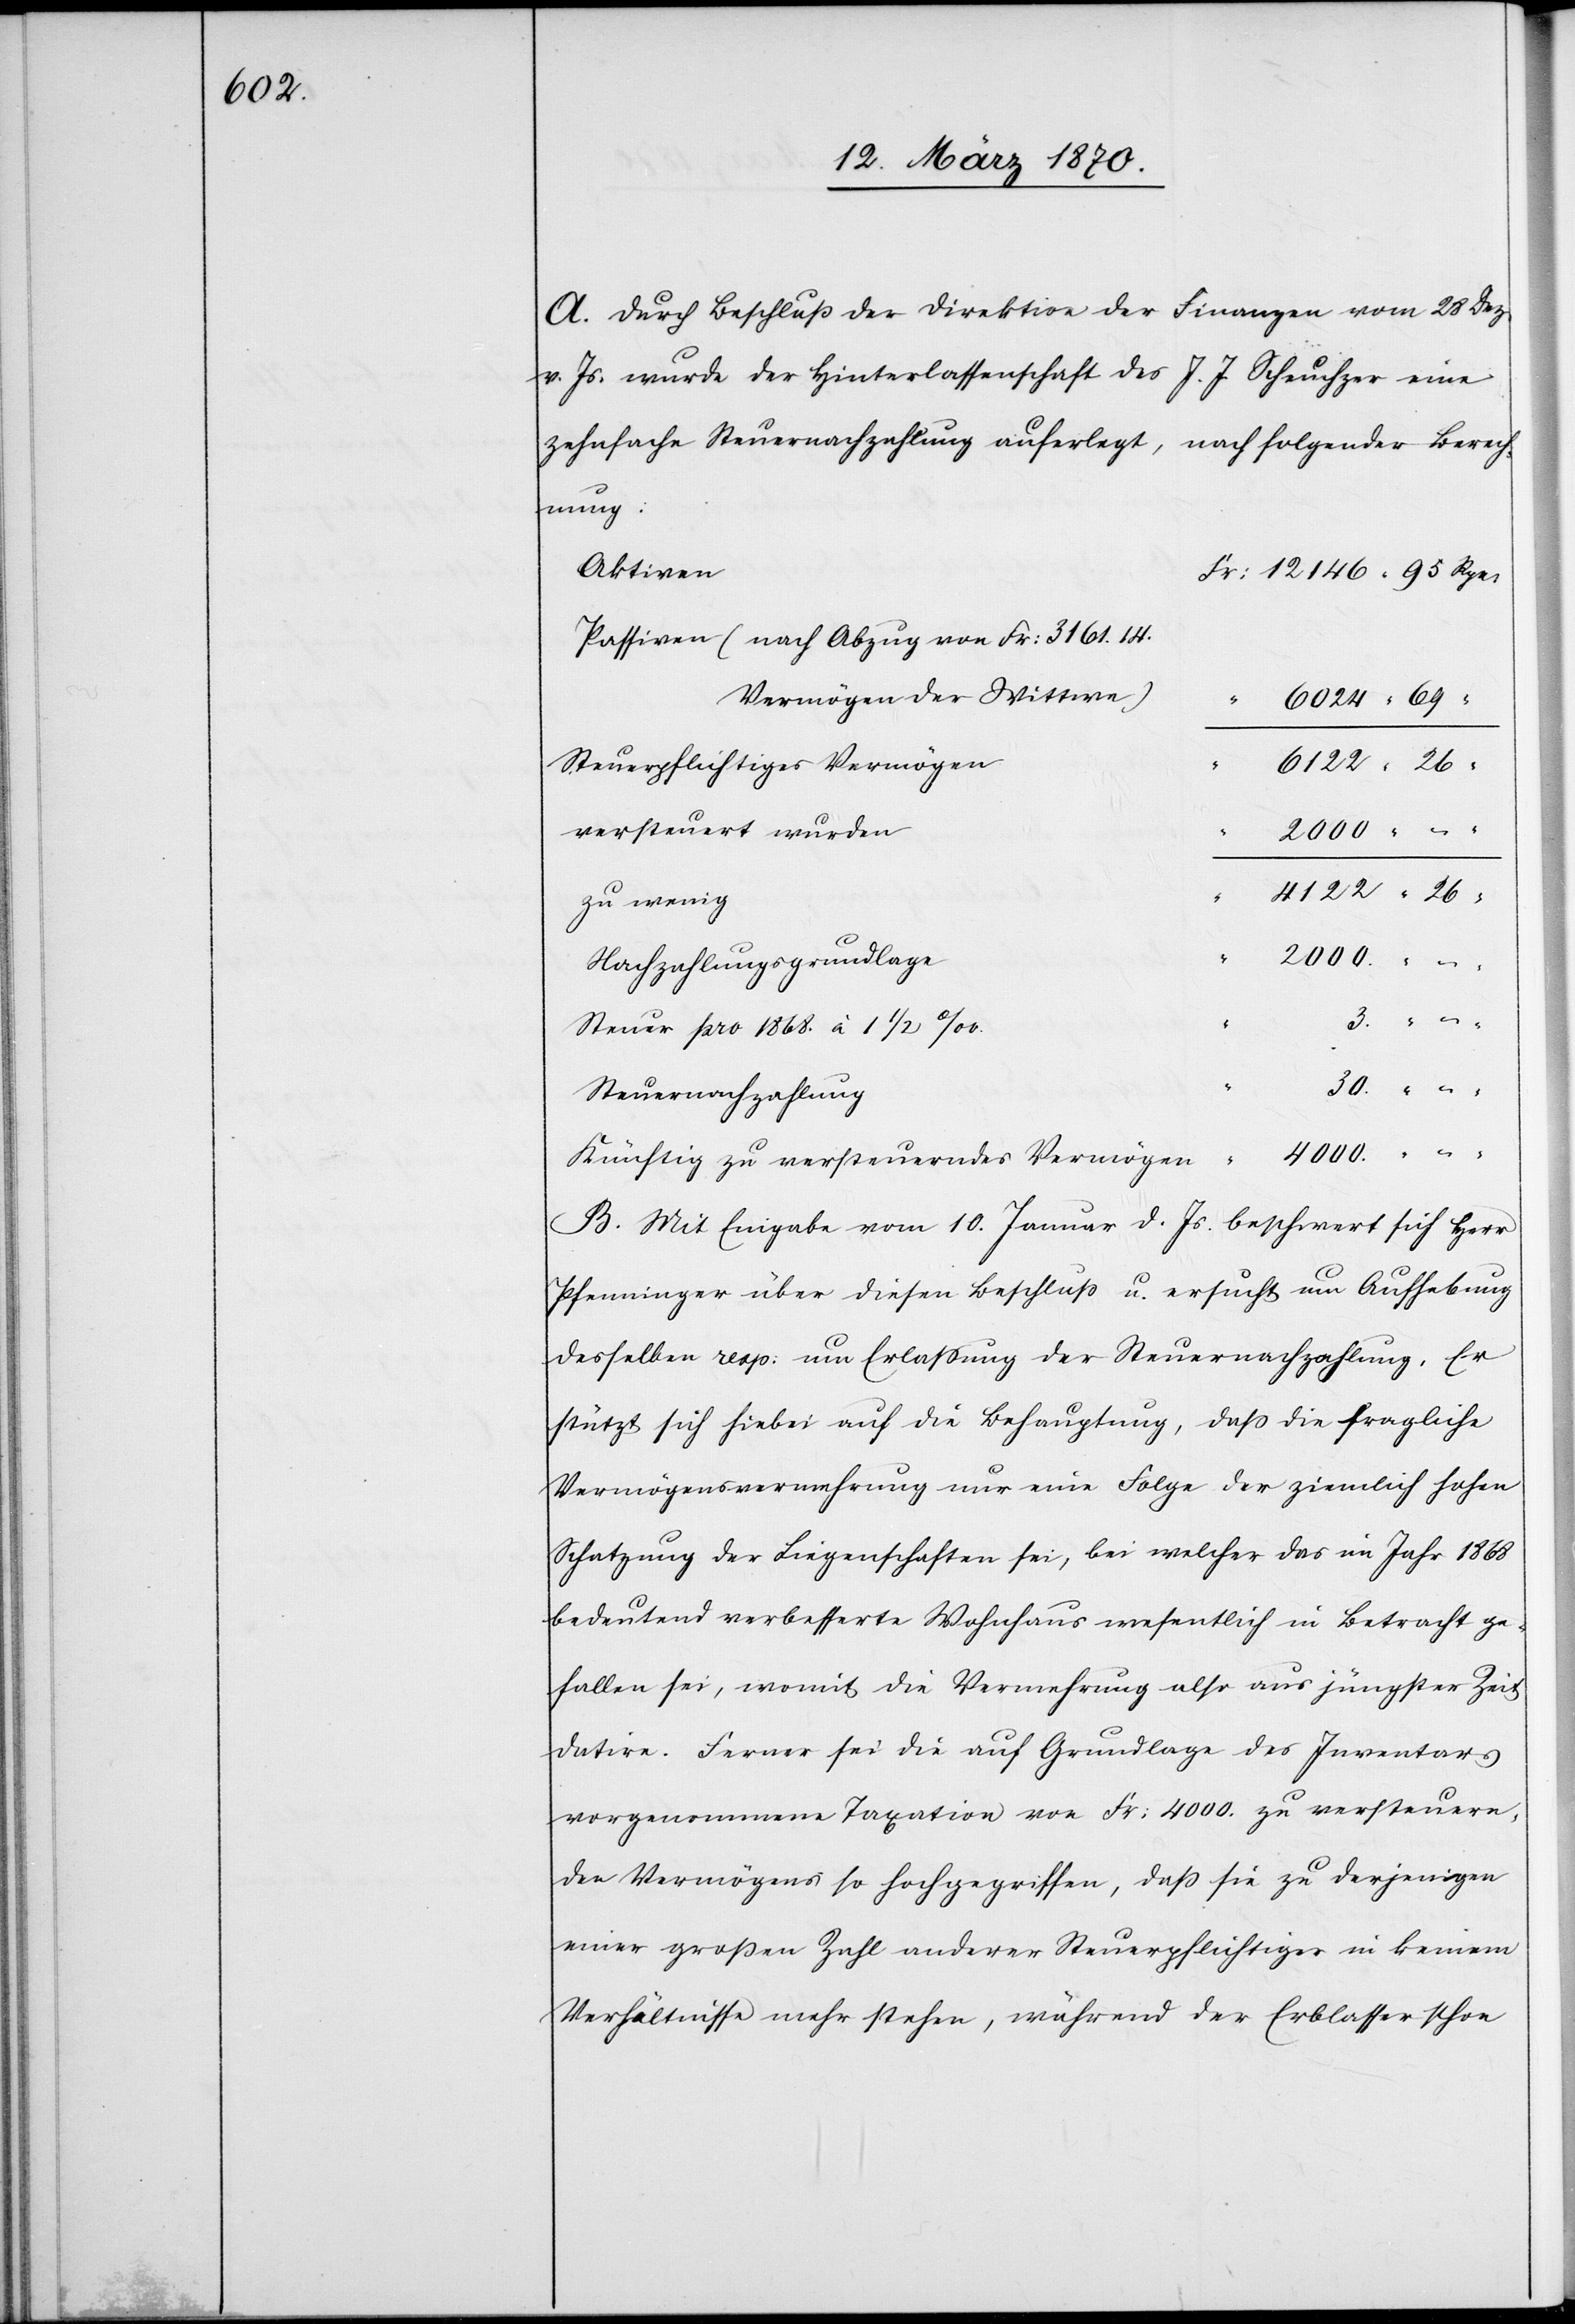
A. Durch Beschluß der Direktion der Finanzen vom 28 Dez.
v. Js. wurde der Hinterlassenschaft des J. J. Scheuchzer eine
zehnfache Steuernachzahlung auferlegt, nach folgender Berech¬
nung:
Aktiven
Passiven (nach Abzug von Fr. 3161.14.
Vermögen der Wittwe)
6024 69
Steuerpflichtiges Vermögen
4122 26
versteuert wurden
zu wenig
“
4000. –
Nachzahlungsgrundlage
Steuer pro 1868. à 1 1/2 ‰
30. –
Steuernachzahlung
Künftig zu versteuerndes Vermögen
B. Mit Eingabe vom 10. Januar d. Js. beschwert sich Herr
Pfenninger über diesen Beschluß u. ersucht um Aufhebung
desselben resp: um Erlassung der Steuernachzahlung. Er
stützt sich hiebei auf die Behauptung, daß die fragliche
Vermögensvermehrung nur eine Folge der ziemlich hohen
Schatzung der Liegenschaften sei, bei welcher das im Jahr 1868
bedeutend verbesserte Wohnhaus wesentlich in Betracht ge¬
fallen sei, womit die Vermehrung also aus jüngster Zeit
datire. Ferner sei die auf Grundlage des Inventars
vorgenommene Taxation von Fr: 4000. zu versteuern,
des Vermögens so hochgegriffen, daß sie zu derjenigen
einer großen Zahl anderer Steuerpflichtiger in keinem
Verhältnisse mehr stehen [sic!], während der Erblasser schon